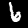
Label: 6